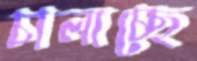
চালাচ্ছে